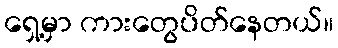
ရှေ့မှာ ကားတွေပိတ်နေတယ်။